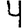
Digit: 4